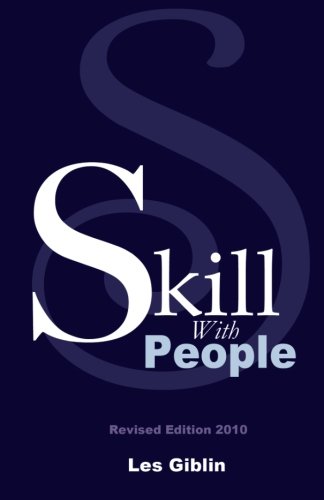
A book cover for Skill With People; Les Giblin; Business & Money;